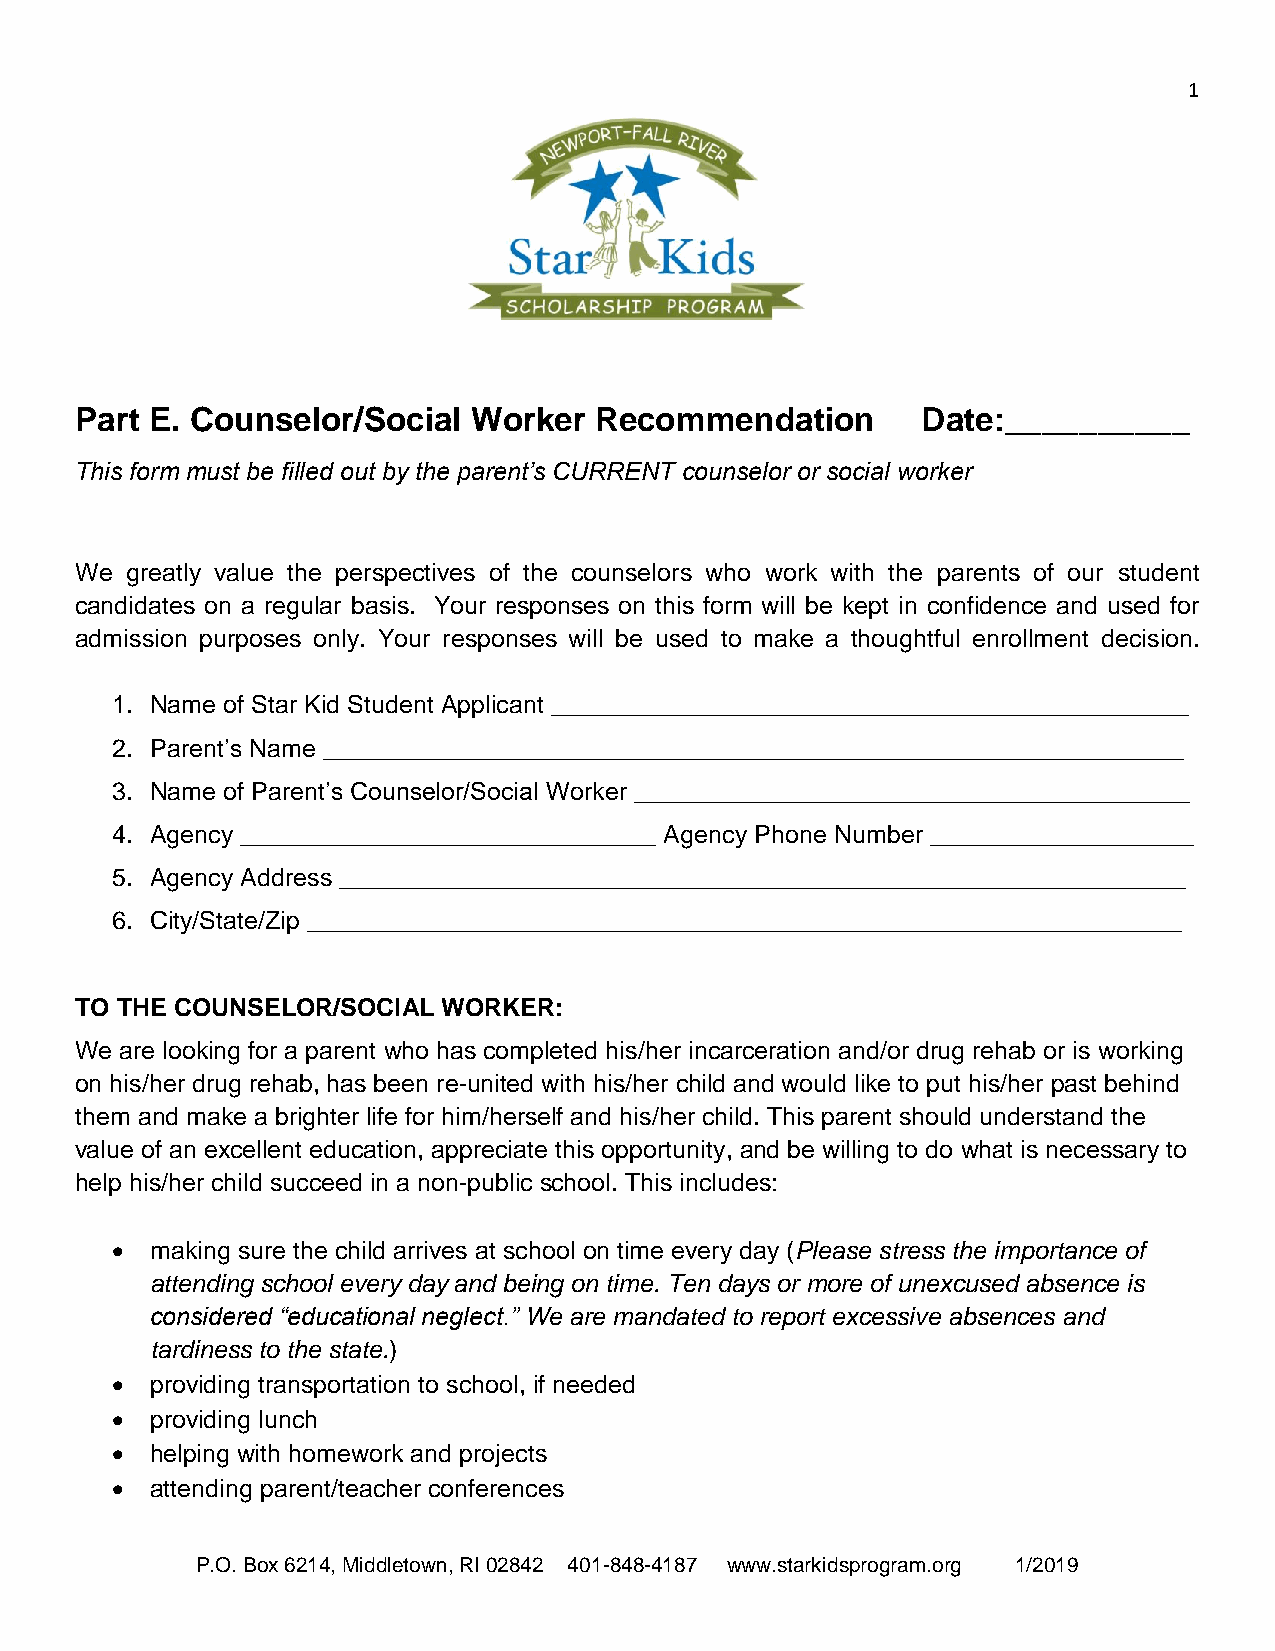
1
 Part E. Counselor/Social  Worker  Recommendation        Date:__________
 This form must be filled out by the parent’s CURRENT counselor or social worker
 We greatly value the perspectives of the counselors who work with the parents of our student
 candidates on a regular basis. Your responses on this form will be kept in confidence and used for
 admission purposes only. Your responses will be used to make a thoughtful enrollment decision.
 1. Name of Star Kid Student Applicant ______________________________________________
 2. Parent’s Name ______________________________________________________________
 3. Name of Parent’s Counselor/Social Worker ________________________________________
 4. Agency ______________________________ Agency Phone Number ___________________
 5. Agency Address _____________________________________________________________
 6. City/State/Zip _______________________________________________________________
 TO THE COUNSELOR/SOCIAL WORKER:
 We are looking for a parent who has completed his/her incarceration and/or drug rehab or is working
 on his/her drug rehab, has been re-united with his/her child and would like to put his/her past behind
 them and make a brighter life for him/herself and his/her child. This parent should understand the
 value of an excellent education, appreciate this opportunity, and be willing to do what is necessary to
 help his/her child succeed in a non-public school. This includes:
 •  making sure the child arrives at school on time every day (Please stress the importance of
 attending school every day and being on time. Ten days or more of unexcused absence is
 considered “educational neglect.” We are mandated to report excessive absences and
 tardiness to the state.)
 •  providing transportation to school, if needed
 •  providing lunch
 •  helping with homework and projects
 •  attending parent/teacher conferences
 P.O. Box 6214, Middletown, RI 02842 401-848-4187 www.starkidsprogram.org 1/2019